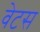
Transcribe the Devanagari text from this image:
वेटस